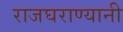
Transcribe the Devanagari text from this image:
राजघराण्यानी